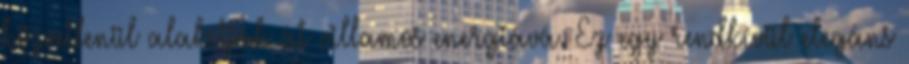
közvetlenül alakítják át villamos energiává. Ez egy rendkívül elegáns